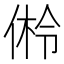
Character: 𪝎